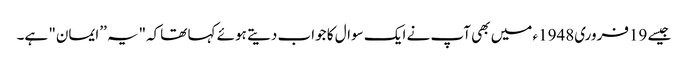
جیسے 19فروری1948ء میں بھی آپ نے ایک سوال کا جواب دیتے ہوئے کہا تھاکہ"یہ ’’ایمان" ہے۔